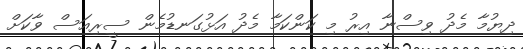
ދިޔުމާ މެދު ވިސްނާ އިރު މި ކަންކަމާ މެދު އަޅުގަނޑުމެން ސީރިއަސް ވާކަށް